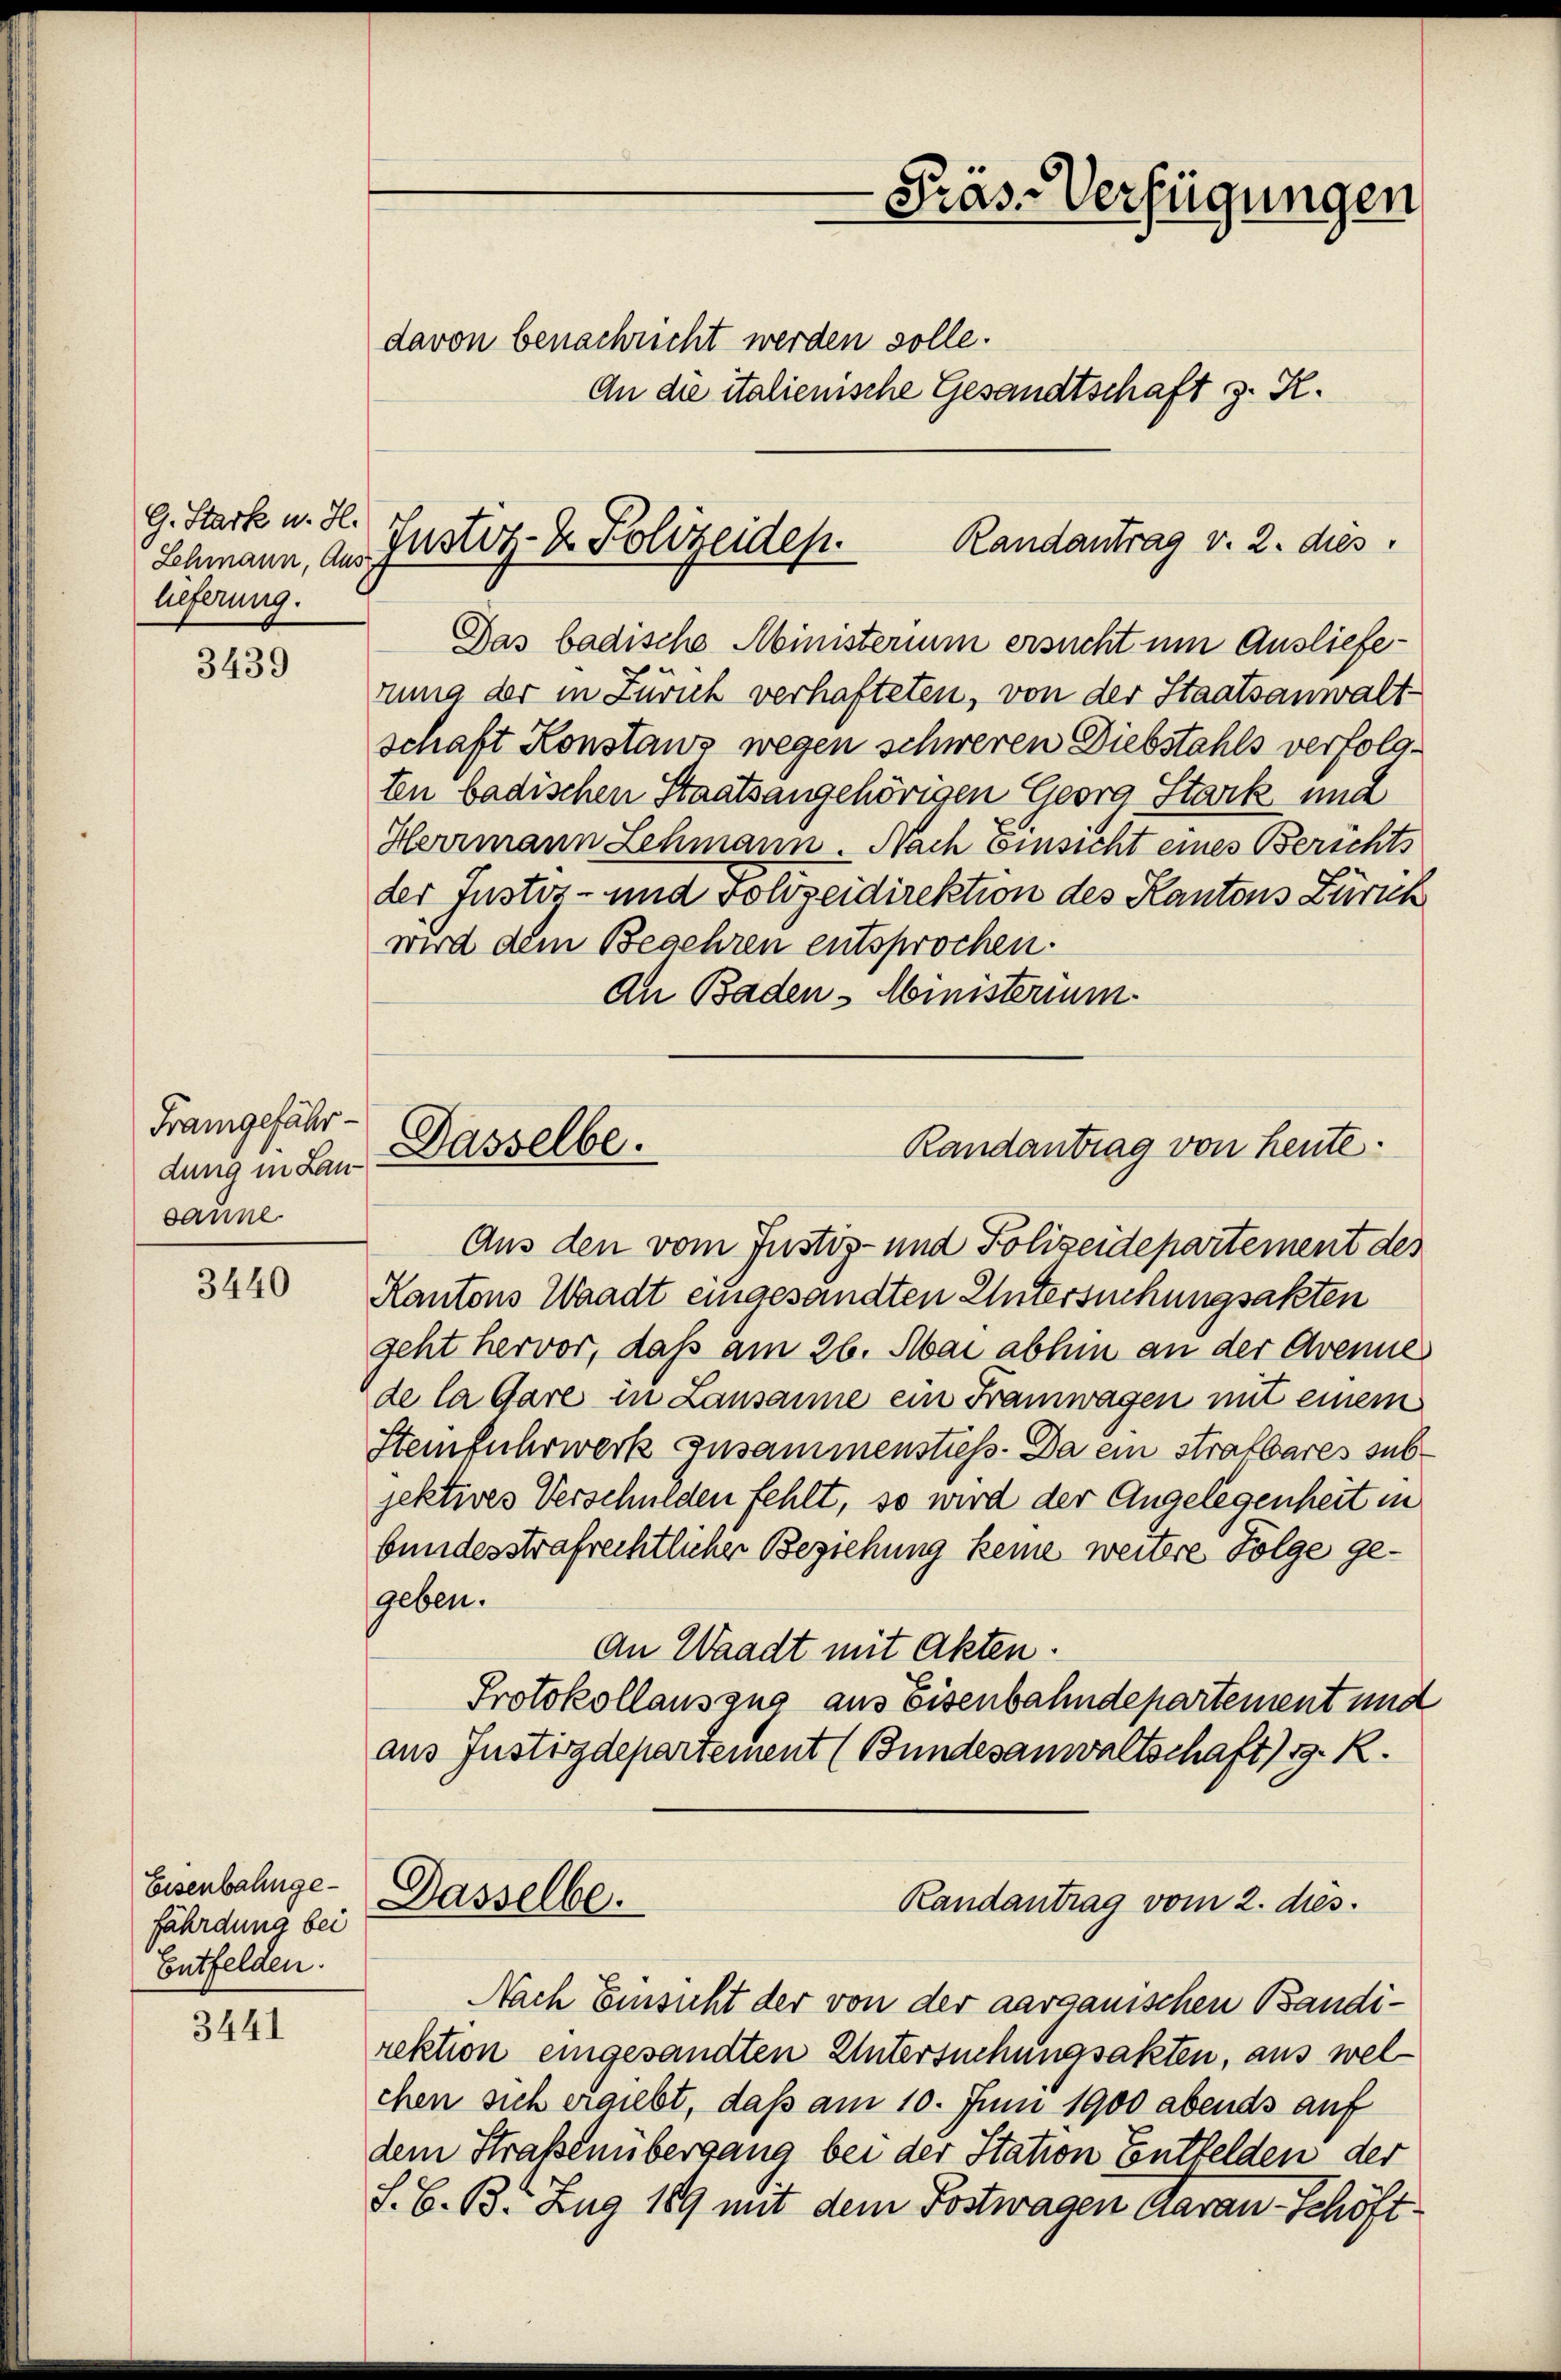
G. Stark u. H.
Schmann, Aus
lieferung.

3439

Frangefähr-
dung in Lansanne

3440

Eisenbahngefährdung bei
Entfelden.

3441

Das badische Ministerium ersucht um Ausliefen
nung der in Zürich verhafteten, von der Staatsanwalt-
schaft Konstanz wegen schweren Diebstahls verfolgten badischen Staatsangehörigen Georg Stark und
Herrmann Lehmann. Nach Einsicht eines Berichts
der Justiz- und Polizeidirektion des Kantons Zürich
wird dem Begehren entsprochen.
An Baden - Ministerium.

-Präs-Verfügungen
davon benachricht werden solle.
An die italienische Gesandtschaft z. K.

Randantrag v. 2. dies
Justiz- & Polizeidep

Dasselbe.
Randantrag von heute.

Aus den vom Justiz- und Polizeidepartement des
Kantons Waadt eingesandten Untersuchungsakten
geht hervor, daß am 26. Mai abhin an der Avenue
de la Gare in Lausanne ein Framwagen mit einem
Steinfuhrwerk zusammenstiess. Da ein strafbares sub
jektives Verschulden fehlt, so wird der Angelegenheit in
bundesstrafrechtlicher Beziehung keine weitere Folge gegeben.
An Waadt mit Akten.
Protokollauszug aus Eisenbahndepartement und
aus Justizdepartement (Bundesanwaltschaft 39. R.
Dasselbe.
Randantrag vom 2. dies.
Nach Einsicht der von der aargauischen Bandirektion eingesandten Untersuchungsakten, aus welchen sich ergiebt, daß am 10. Juni 1900 abends auf
dem Straßenübergang bei der Station Entfelden der
S. B. B. Zug 189 mit dem Postwagen daran-Schöft